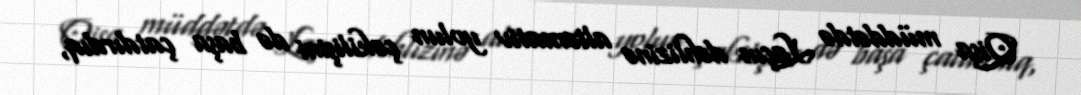
Qisa müddətdə Laçın dəhlizinə alternativ yolun çəkilişini də başa çatdırdıq,